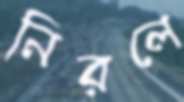
নিরলে